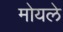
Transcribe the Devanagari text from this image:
मोयले